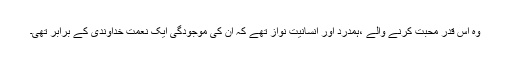
وہ اس قدر محبت کرنے والے ،ہمدرد اور انسانیت نواز تھے کہ ان کی موجودگی ایک نعمت خداوندی کے برابر تھی۔